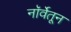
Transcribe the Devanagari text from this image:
नॉर्वेतून